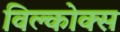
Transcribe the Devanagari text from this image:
विल्कोक्स